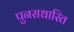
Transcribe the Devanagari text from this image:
पुनराधारित